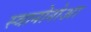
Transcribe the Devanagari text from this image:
स्वानोनोआ